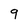
Character: q